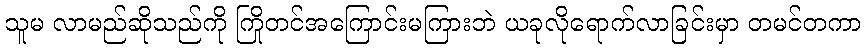
သူမ လာမည်ဆိုသည်ကို ကြိုတင်အကြောင်းမကြားဘဲ ယခုလိုရောက်လာခြင်းမှာ တမင်တကာ